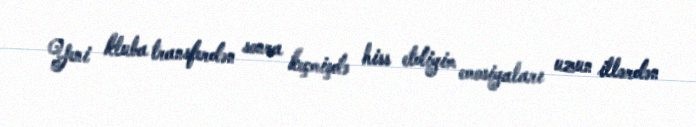
Yeni kluba transferdən sonra keçmişdə hiss etdiyim emosiyaları uzun illərdən